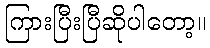
ကြားပြီးပြီဆိုပါတော့။